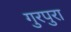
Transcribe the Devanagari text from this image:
गुरपुरा